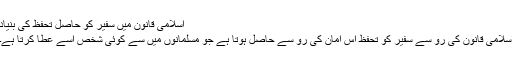
اسلامی قانون میں سفیر کو حاصل تحفظ کی بنیاد
اسلامی قانون کی رو سے سفیر کو تحفظ اس امان کی رو سے حاصل ہوتا ہے جو مسلمانوں میں سے کوئی شخص اسے عطا کرتا ہے۔